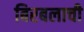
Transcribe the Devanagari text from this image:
बिरबलाची